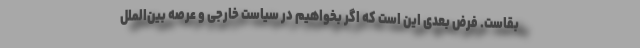
بقاست. فرض بعدی این است که اگر بخواهیم در سیاست خارجی و عرصه بین‌الملل